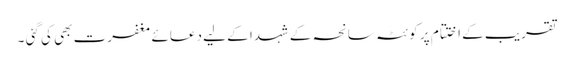
تقریب کے اختتام پر کوئٹہ سانحہ کے شہدا کے لیے دعائے مغفرت بھی کی گئی ۔